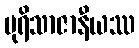
ပုရိသာဇာနီယဿ